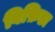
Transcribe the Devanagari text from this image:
बिफ़िडा